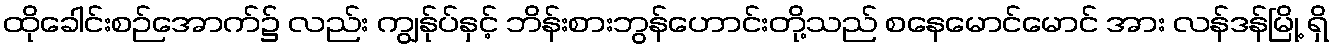
ထိုခေါင်းစဉ်အောက်၌ လည်း ကျွန်ုပ်နှင့် ဘိန်းစားဘွန်ဟောင်းတို့သည် စနေမောင်မောင် အား လန်ဒန်မြို့ ရှိ